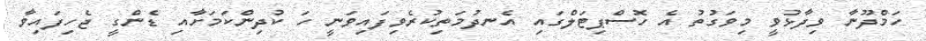
ހަމްދޫނާ ވިދާޅުވީ މިވަގުތު އެ ހޮސްޕިޓަލްގައި އެނދުމަތިކުރެވިފައިވަނީ ހަ ކުދިންކަމަށާއި ޑެންގީ ޖެހިފައިވާ